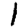
Digit: 1